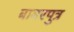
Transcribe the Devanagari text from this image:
बाबरपुत्र